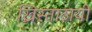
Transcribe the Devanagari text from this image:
ख्रिस्ताठायी